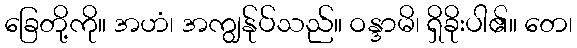
ခြေတို့ကို။ အဟံ၊ အကျွန်ုပ်သည်။ ဝန္ဒာမိ၊ ရှိခိုးပါ၏။ တေ၊